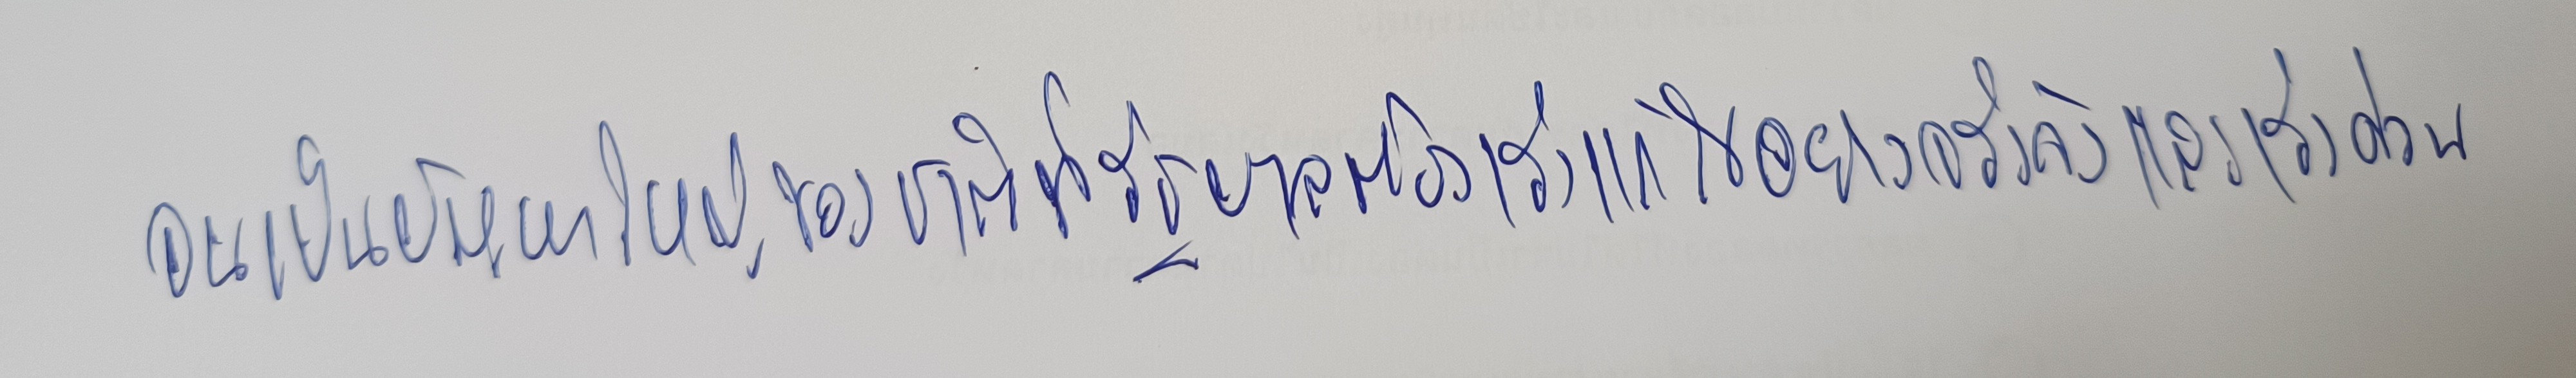
จนเป็นปัญหาใหญ่ของชาติที่รัฐบาลต้องเร่งแก้ไขอย่างจริงจังและเร่งด่วน